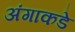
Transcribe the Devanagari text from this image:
अंगाकडे